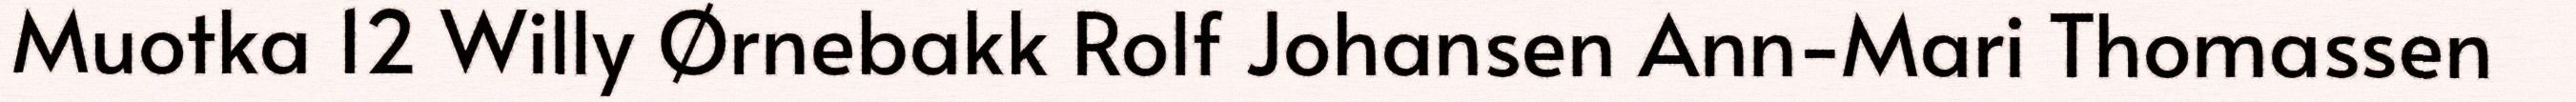
Muotka 12 Willy Ørnebakk Rolf Johansen Ann-Mari Thomassen